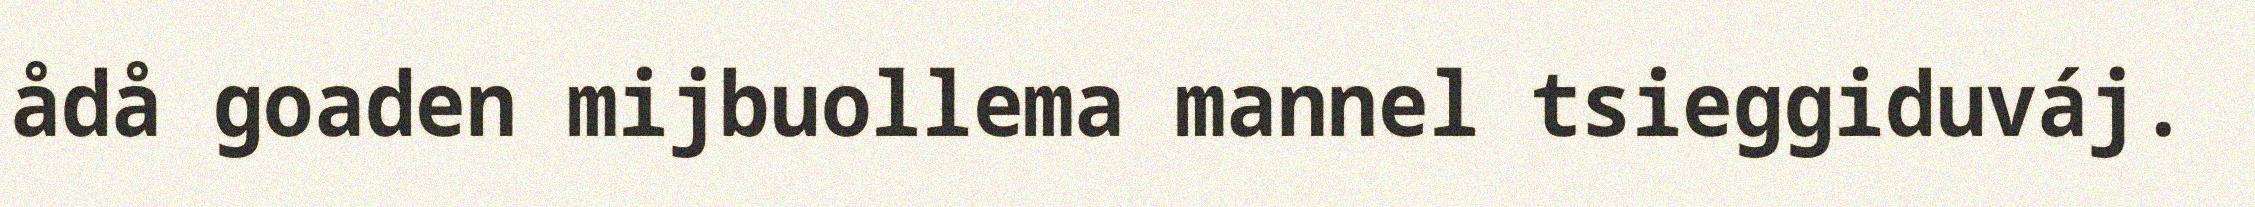
ådå goaden mijbuollema mannel tsieggiduváj.